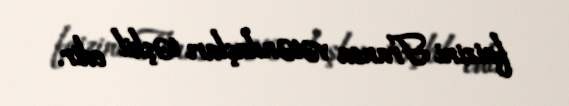
faizini Fransa vətəndaşları təşkil edir.